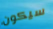
سيكون